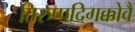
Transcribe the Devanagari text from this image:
तिरुप्पदिगक्कोवै